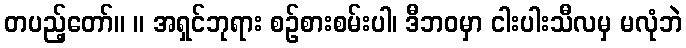
တပည့်တော်။ ။ အရှင်ဘုရား စဉ်စားစမ်းပါ၊ ဒီဘဝမှာ ငါးပါးသီလမှ မလုံဘဲ